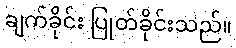
ချက်ခိုင်း ပြုတ်ခိုင်းသည်။